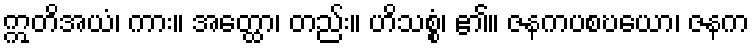
ဣတိအယံ၊ ကား။ အတ္ထော၊ တည်း။ ဟိသစ္စံ၊ ၏။ ဇနကပစဎယော၊ ဇနက